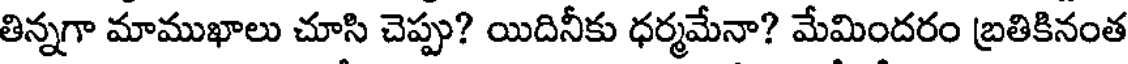
తిన్నగా మాముఖాలు చూసి చెప్పు? యిదినీకు ధర్మమేనా? మేమిందరం బ్రతికినంత